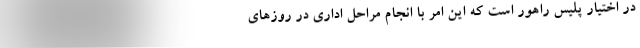
در اختيار پليس راهور است كه اين امر با انجام مراحل اداري در روزهاي